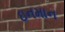
ઇનમાન